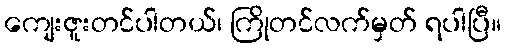
ကျေးဇူးတင်ပါတယ်၊ ကြိုတင်လက်မှတ် ရပါပြီ။